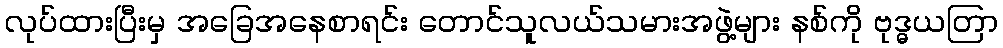
လုပ်ထားပြီးမှ အခြေအနေစာရင်း တောင်သူလယ်သမားအဖွဲ့များ နစ်ကို ဗုဒ္ဓယတြာ